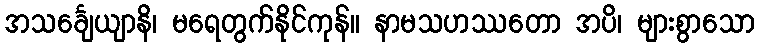
အသင်္ချေယျာနိ၊ မရေတွက်နိုင်ကုန်။ နာမသဟဿတော အပိ၊ များစွာသော